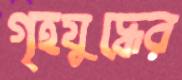
গৃহযুদ্ধের